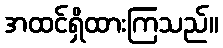
အထင်ရှိထားကြသည်။